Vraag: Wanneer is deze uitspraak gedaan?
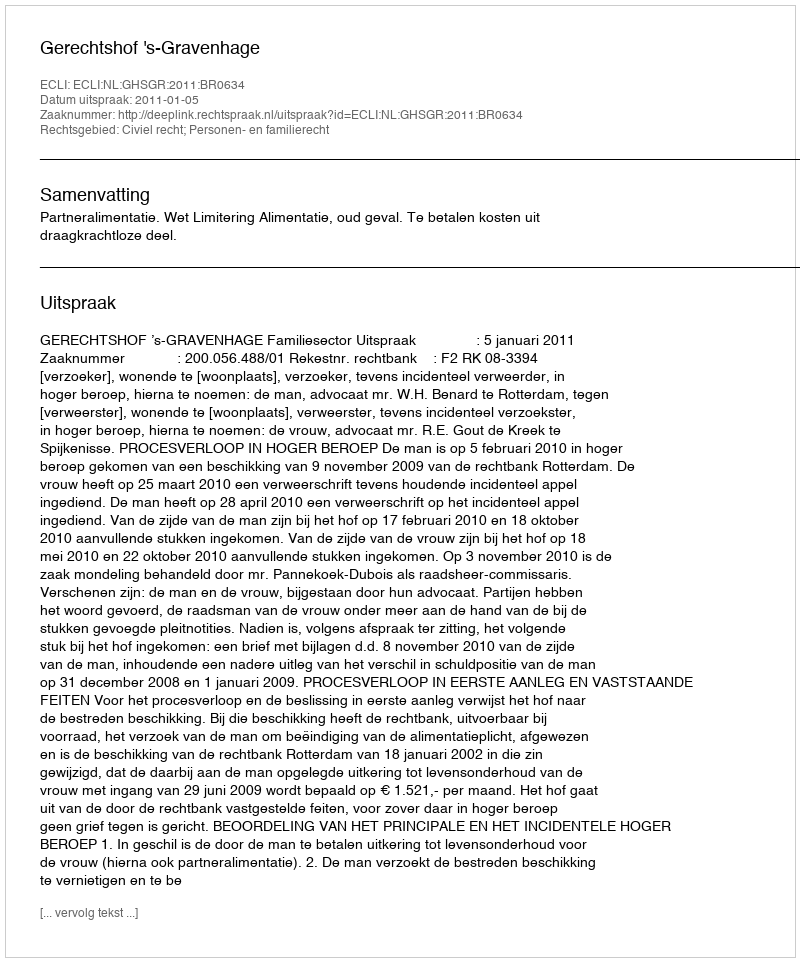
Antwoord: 2011-01-05